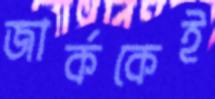
জার্ককেই